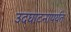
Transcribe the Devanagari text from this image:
उदघाटनापर्यंत